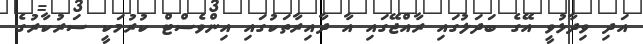
އަދި ވިދާޅުވީ އޭގެ ބަދަލުގައި ރާއްޖޭގައި އާ ދާއިރާތަކުގައި އިންވެސްޓް ކުރުމަކީ ސަރުކާރުގެ